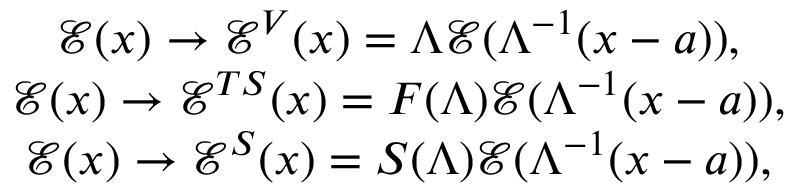
\begin{array} { c } { { \mathcal { E } ( x ) \rightarrow \mathcal { E } ^ { V } ( x ) = \Lambda \mathcal { E } ( \Lambda ^ { - 1 } ( x - a ) ) , } } \\ { { \mathcal { E } ( x ) \rightarrow \mathcal { E } ^ { T S } ( x ) = F ( \Lambda ) \mathcal { E } ( \Lambda ^ { - 1 } ( x - a ) ) , } } \\ { { \mathcal { E } ( x ) \rightarrow \mathcal { E } ^ { S } ( x ) = S ( \Lambda ) \mathcal { E } ( \Lambda ^ { - 1 } ( x - a ) ) , } } \end{array}